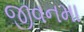
જીવનમા